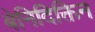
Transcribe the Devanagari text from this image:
बेनिदिक्तिन